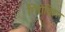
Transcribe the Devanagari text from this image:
गिरीविहार